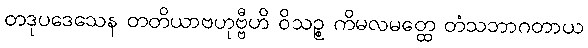
တဒုပဒေသေန တတိယာဗဟုဗ္ဗီဟိ ဝိသဉ္စ ကိမလမတ္ထေ တံသဘာဂတာယ